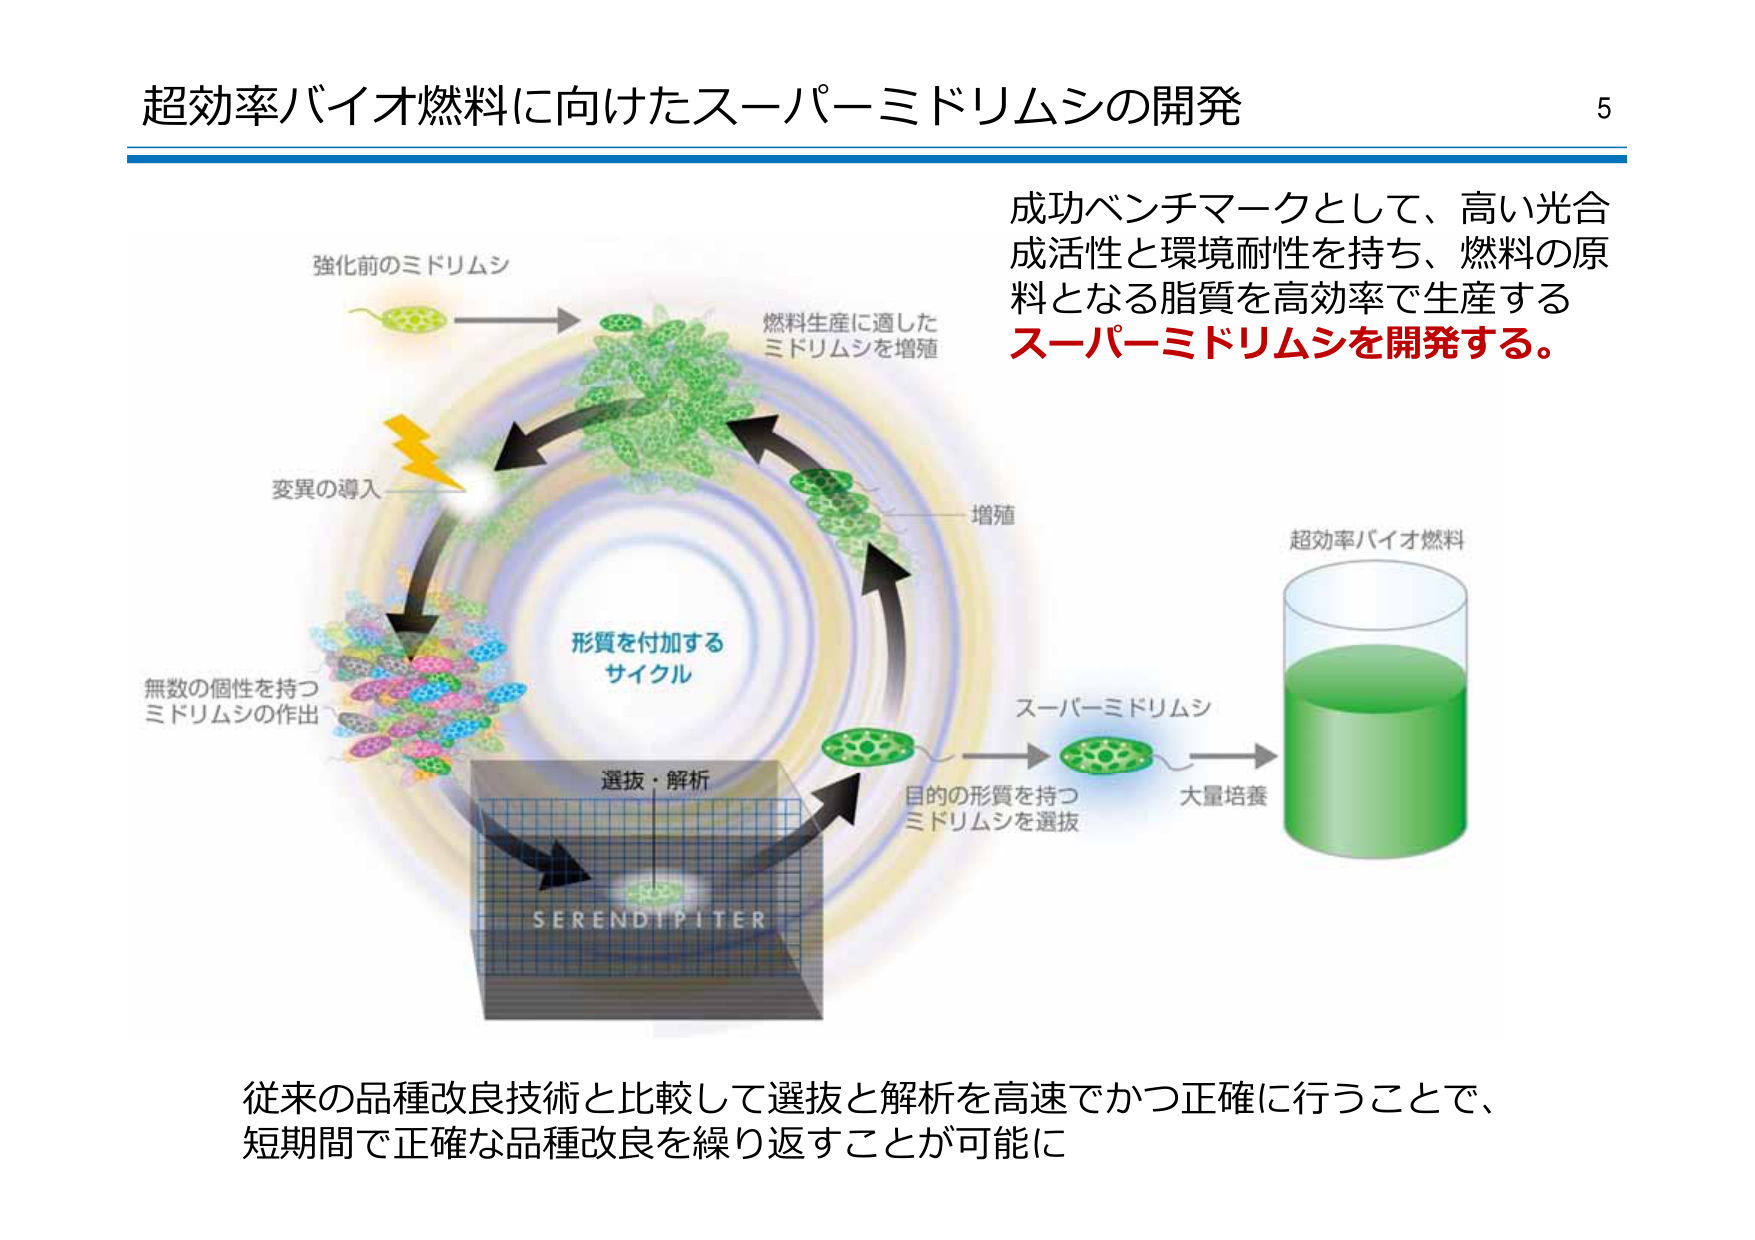
超効率バイオ燃料に向けたスーパーミドリムシの開発

強化前のミドリムシ
変異の導入
無数の個性を持つ
ミドリムシの作出
形質を付加する
サイクル
選抜・解析
SERENDIPITER
燃料生産に適した
ミドリムシを増殖
増殖
目的の形質を持つ
ミドリムシを選抜
スーパーミドリムシ
大量培養
超効率バイオ燃料

成功ベンチマークとして、高い光合成活性と環境耐性を持ち、燃料の原料となる脂質を高効率で生産する
スーパーミドリムシを開発する。

従来の品種改良技術と比較して選抜と解析を高速でかつ正確に行うことで、
短期間で正確な品種改良を繰り返すことが可能に

5